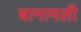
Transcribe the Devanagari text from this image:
बानामली